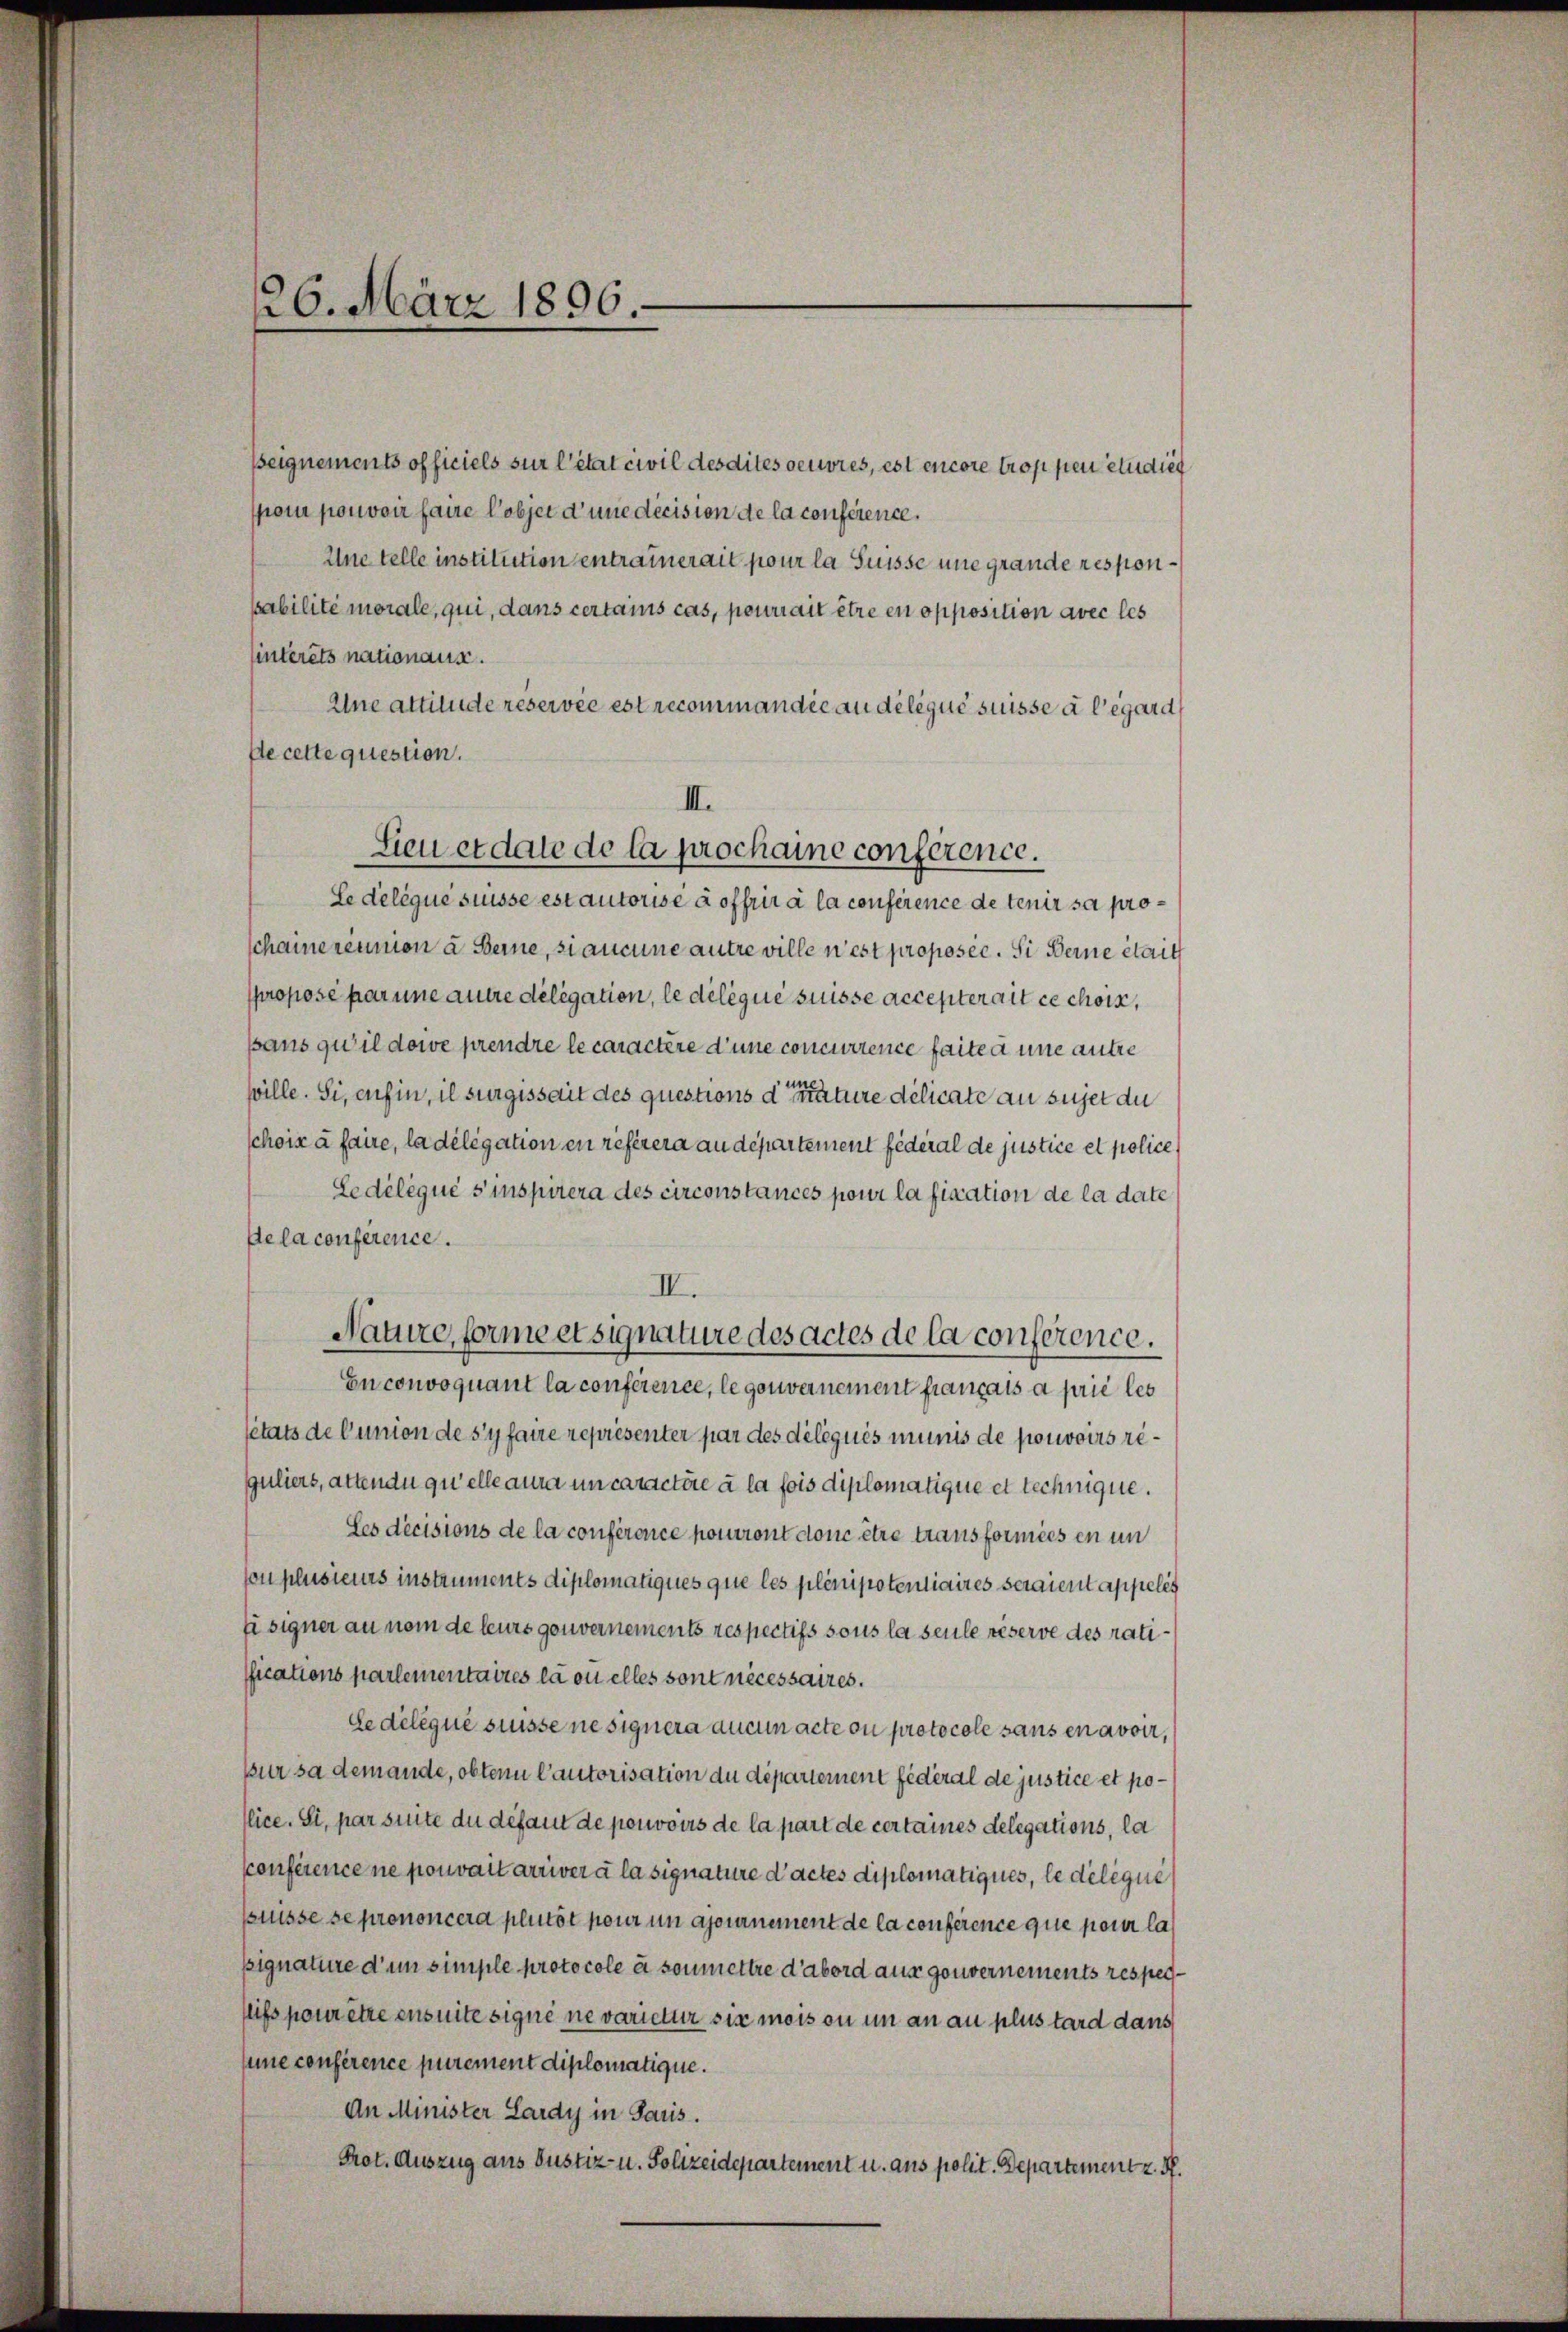
126. März 1896.

Beignements officiels sur l’état civil desdites oeuvres, est encore troppen etudie
poir pouvoir faire objet d’une décision de la conference,
Une telle institution entrainerait pour la Suisse une grande responsabilité morale, qui, dans certains cas, pourrait être en opposition avec les
sinterets nationaus.
Une attitude réservée est recommandie au délégué suisse à l’égard
de cette question.
Le delique suisse est autorisé à offrir à la conference de tenir sa prochamereunion a Berne, si aucune autre ville n’est proposer. Si Berne était
propose par une autre deligation, le délégué suisse accepterait ce chois,
pans qu’il doie prendre le caractère d’une concurrence faite à une autre
fille. Si, anfin, il surgissait des questions der nature delicate au sujet du
schoix à faire, la délégation en référera au departement fédéral de justice et police
Ledéléqué s’inspirera des circonstances pour la fixation de la date
sela conference.
II.
Nature, forme et signature des actes de la conference.
Enconvoquant la conference, le gouvernement français a prie les
setats de Cunion de s’y faire représenter par des déléguis munis de pouvoirs reguliers, attendu qu’elle aura un caractire à la fois diplomatique et technique.
Les décisions de la conférence pouront donc être transformées en un
Con plusieurs instruments diplomatiques que les plenipotentiaires seraient appelés
Ei signer an nom de leurs gouvernements respectifs sous la seule réserve des ratiffications parlementaires la ou elles sont nécessaires.
Le délégué suisse ne signera aucun acte ou protocole sans en avoir,
Bur sa demande, obten Cautorisation du département fédéral de justice et police. Si, par suite du défaut de pouvoirs de la part de certaines Delegations, la
sconference ne pouvait arriver à la signature d’actes diplomatiques, le délégue
puisse se prononcera plutot pour um ajournement de la conference que pour la
pignature d’un simple protocole à soumettre d’abord aus gouvernements respegflifs pour être ensuite signe ne varietter sie mois ou in an au plus tard dans
sune conférence purement diplomatique.
An Minister Lardy in Paris.
Prot. Auszug aus Justiz- u. Polizeidepartement u. aus polit. Departement z. B.

III.
Sieu et date de la prochaine conference.